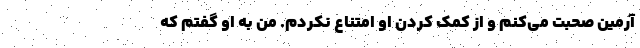
آرمین صحبت می‌کنم و از کمک کردن او امتناع نکردم. من به او گفتم که